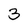
Character: 3